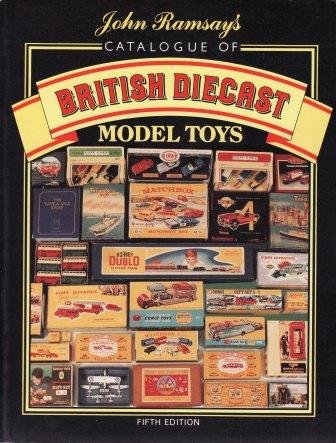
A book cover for British Diecast Model Toys Catalogue; Crafts, Hobbies & Home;